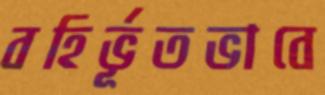
বহির্ভূতভাবে